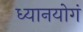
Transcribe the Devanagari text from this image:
ध्यानयोगं